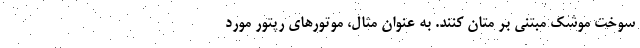
سوخت موشک مبتنی بر متان کنند. به عنوان مثال، موتورهای رپتور مورد